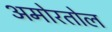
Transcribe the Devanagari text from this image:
अमोरतोल